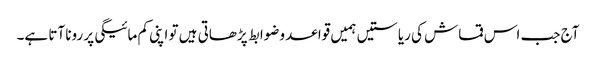
آج جب اس قماش کی ریاستیں ہمیں قواعد وضوابط پڑھاتی ہیں تو اپنی کم مائیگی پر رونا آتا ہے۔